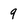
Character: 9